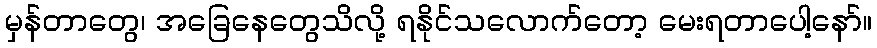
မှန်တာတွေ၊ အခြေနေတွေသိလို့ ရနိုင်သလောက်တော့ မေးရတာပေါ့နော်။